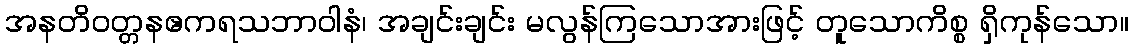
အနတိဝတ္တနဧကရသဘာဝါနံ၊ အချင်းချင်း မလွန်ကြသောအားဖြင့် တူသောကိစ္စ ရှိကုန်သော။